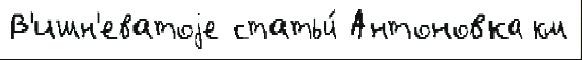
В'ишн'еватоjе статьи́ Антоновка км